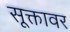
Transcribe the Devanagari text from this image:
सूक्तावर